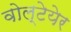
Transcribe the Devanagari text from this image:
वोल्टेयेर